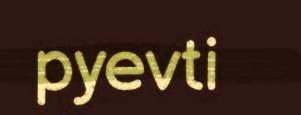
pyevti